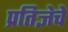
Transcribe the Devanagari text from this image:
प्रतिज्ञेचे